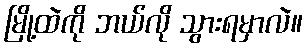
မြို့ထဲကို ဘယ်လို သွားရမှာလဲ။